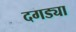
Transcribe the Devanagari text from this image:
दगड्या